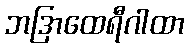
ဘဒြာထေရီဂါထာ